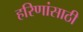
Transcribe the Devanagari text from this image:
हरिणांसाठी